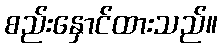
စည်းနှောင်ထားသည်။